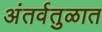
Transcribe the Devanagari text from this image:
अंतर्वतुळात